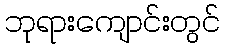
ဘုရားကျောင်းတွင်